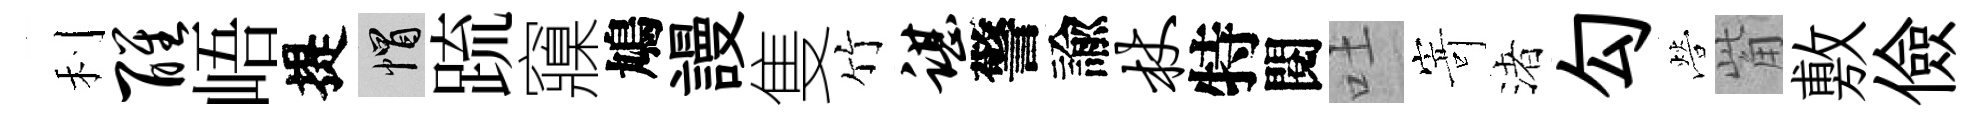
利醒峿提帽䟽䆿鳩謾隻竹谌警諭杖特閱吐𭔃渚勾營觜敷儉